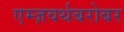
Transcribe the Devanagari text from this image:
एम्ज़वर्थबरोबर